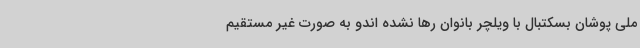
ملی پوشان بسکتبال با ویلچر بانوان رها نشده اندو به صورت غیر مستقیم